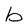
Character: b